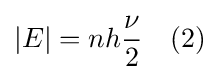
\vert E\vert =nh{\frac {\nu }{2}}\ \ \ (2)